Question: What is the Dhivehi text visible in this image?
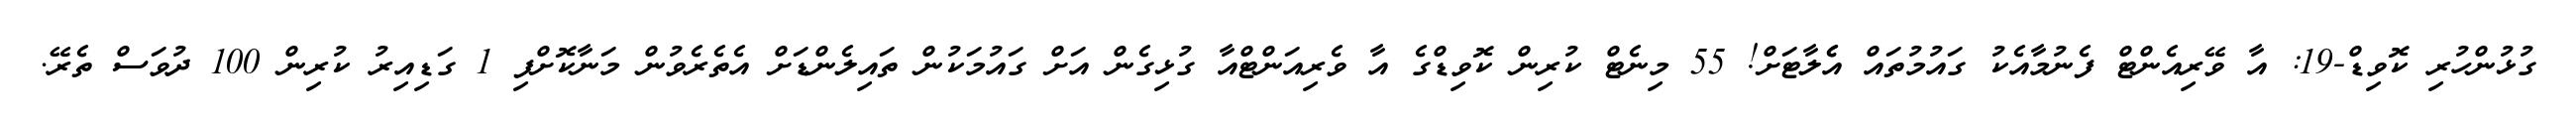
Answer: ގުޅުންހުރި ކޮވިޑް-19: އާ ވޭރިއެންޓް ފެނުމާއެކު ގައުމުތައް އެެލާޓަށް! 55 މިނެޓް ކުރިން ކޮވިޑްގެ އާ ވެރިއަންޓްއާ ގުޅިގެން އަށް ގައުމަކުން ތައިލެންޑަށް އެތެރެވުން މަނާކޮށްފި 1 ގަޑިއިރު ކުރިން 100 ދުވަސް ތެރޭ.